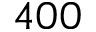
4 0 0